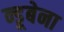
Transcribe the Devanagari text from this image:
न्डूबेना